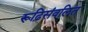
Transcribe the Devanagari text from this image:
रूढ़िसंवलित